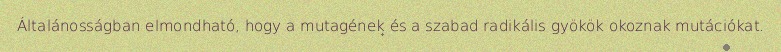
Általánosságban elmondható, hogy a mutagének és a szabad radikális gyökök okoznak mutációkat.